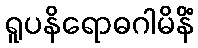
ရူပနိရောဓဂါမိနိံ